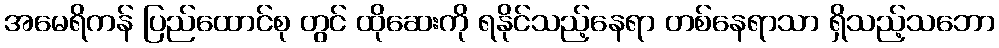
အမေရိကန် ပြည်ထောင်စု တွင် ထိုဆေးကို ရနိုင်သည့်နေရာ တစ်နေရာသာ ရှိသည့်သဘော